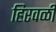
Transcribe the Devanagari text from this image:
हिरवळी